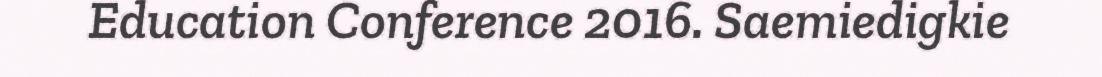
Education Conference 2016. Saemiedigkie